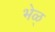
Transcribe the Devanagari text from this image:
भेळ्